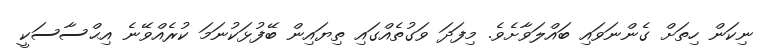
ނިކަން ހިތަށް ގެންނަވައި ބައްލަވާށެވެ. މިފަދަ ވަގުތެއްގައި ތިޔައިން ބޭފުޅަކުނަމަ ކުރެއްވޭނެ އިޙްސާސަކީ